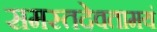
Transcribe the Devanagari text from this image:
समस्तदेवतामयं